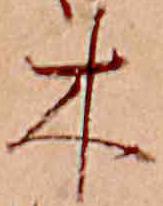
木